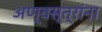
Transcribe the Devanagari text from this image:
अण्वस्त्रांना